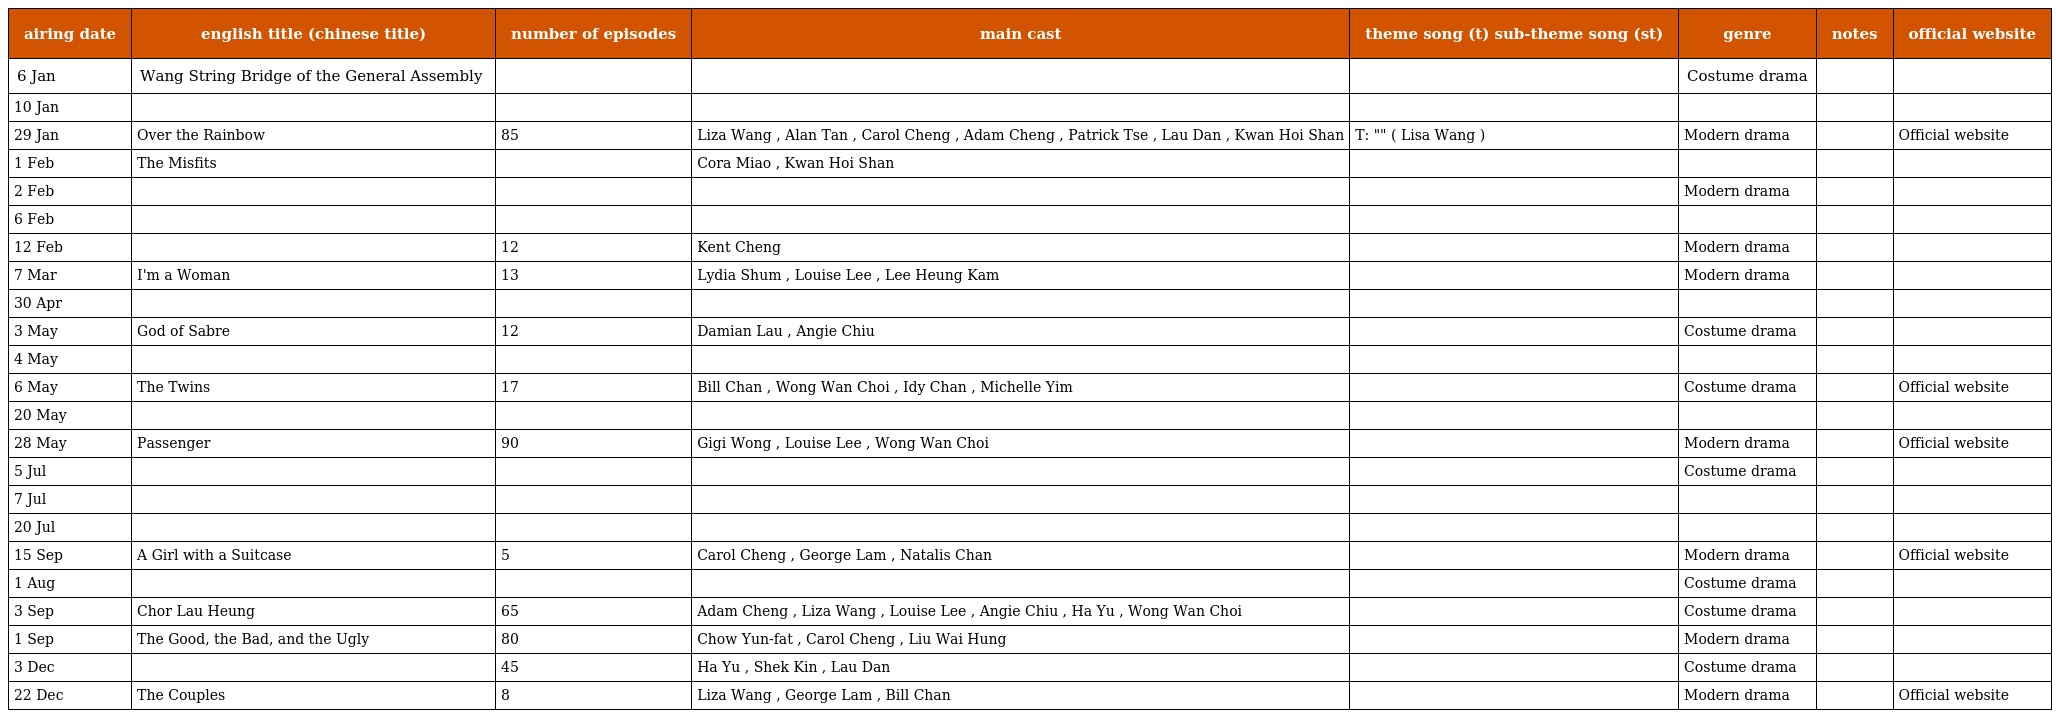
| airing date | english title (chinese title) | number of episodes | main cast | theme song (t) sub-theme song (st) | genre | notes | official website |
 | --- | --- | --- | --- | --- | --- | --- | --- |
 | 6 Jan | Wang String Bridge of the General Assembly 橋王大會串 |  |  |  | Costume drama |  |  |
 | 10 Jan | 香港地 |  |  |  |  |  |  |
 | 29 Jan | Over the Rainbow 天虹 | 85 | Liza Wang , Alan Tan , Carol Cheng , Adam Cheng , Patrick Tse , Lau Dan , Kwan Hoi Shan | T: "天虹" ( Lisa Wang ) | Modern drama |  | Official website |
 | 1 Feb | The Misfits 貼錯門神 |  | Cora Miao , Kwan Hoi Shan |  |  |  |  |
 | 2 Feb | 有樓收租 |  |  |  | Modern drama |  |  |
 | 6 Feb | 吾家十八口 |  |  |  |  |  |  |
 | 12 Feb | 四眼神探 | 12 | Kent Cheng |  | Modern drama |  |  |
 | 7 Mar | I'm a Woman 女人三十 | 13 | Lydia Shum , Louise Lee , Lee Heung Kam |  | Modern drama |  |  |
 | 30 Apr | 龍潭群英 |  |  |  |  |  |  |
 | 3 May | God of Sabre 刀神 | 12 | Damian Lau , Angie Chiu |  | Costume drama |  |  |
 | 4 May | 三跟四傍 |  |  |  |  |  |  |
 | 6 May | The Twins 絕代雙驕 | 17 | Bill Chan , Wong Wan Choi , Idy Chan , Michelle Yim |  | Costume drama |  | Official website |
 | 20 May | 左鄰右里 |  |  |  |  |  |  |
 | 28 May | Passenger 抉擇 | 90 | Gigi Wong , Louise Lee , Wong Wan Choi |  | Modern drama |  | Official website |
 | 5 Jul | 神龍五虎將 |  |  |  | Costume drama |  |  |
 | 7 Jul | 家在香港 |  |  |  |  |  |  |
 | 20 Jul | 難兄難弟 |  |  |  |  |  |  |
 | 15 Sep | A Girl with a Suitcase 過埠新娘 | 5 | Carol Cheng , George Lam , Natalis Chan |  | Modern drama |  | Official website |
 | 1 Aug | 英雄無淚 |  |  |  | Costume drama |  |  |
 | 3 Sep | Chor Lau Heung 楚留香 | 65 | Adam Cheng , Liza Wang , Louise Lee , Angie Chiu , Ha Yu , Wong Wan Choi |  | Costume drama |  |  |
 | 1 Sep | The Good, the Bad, and the Ugly 網中人 | 80 | Chow Yun-fat , Carol Cheng , Liu Wai Hung |  | Modern drama |  |  |
 | 3 Dec | 名劍風流 | 45 | Ha Yu , Shek Kin , Lau Dan |  | Costume drama |  |  |
 | 22 Dec | The Couples 不是冤家不聚頭 | 8 | Liza Wang , George Lam , Bill Chan |  | Modern drama |  | Official website |